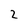
Character: 2